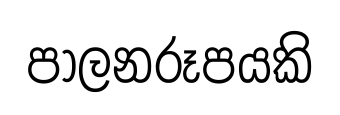
පාලනරූපයකි